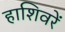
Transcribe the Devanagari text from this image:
हाशिवरें